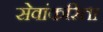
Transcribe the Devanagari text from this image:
सेवांकरिंता